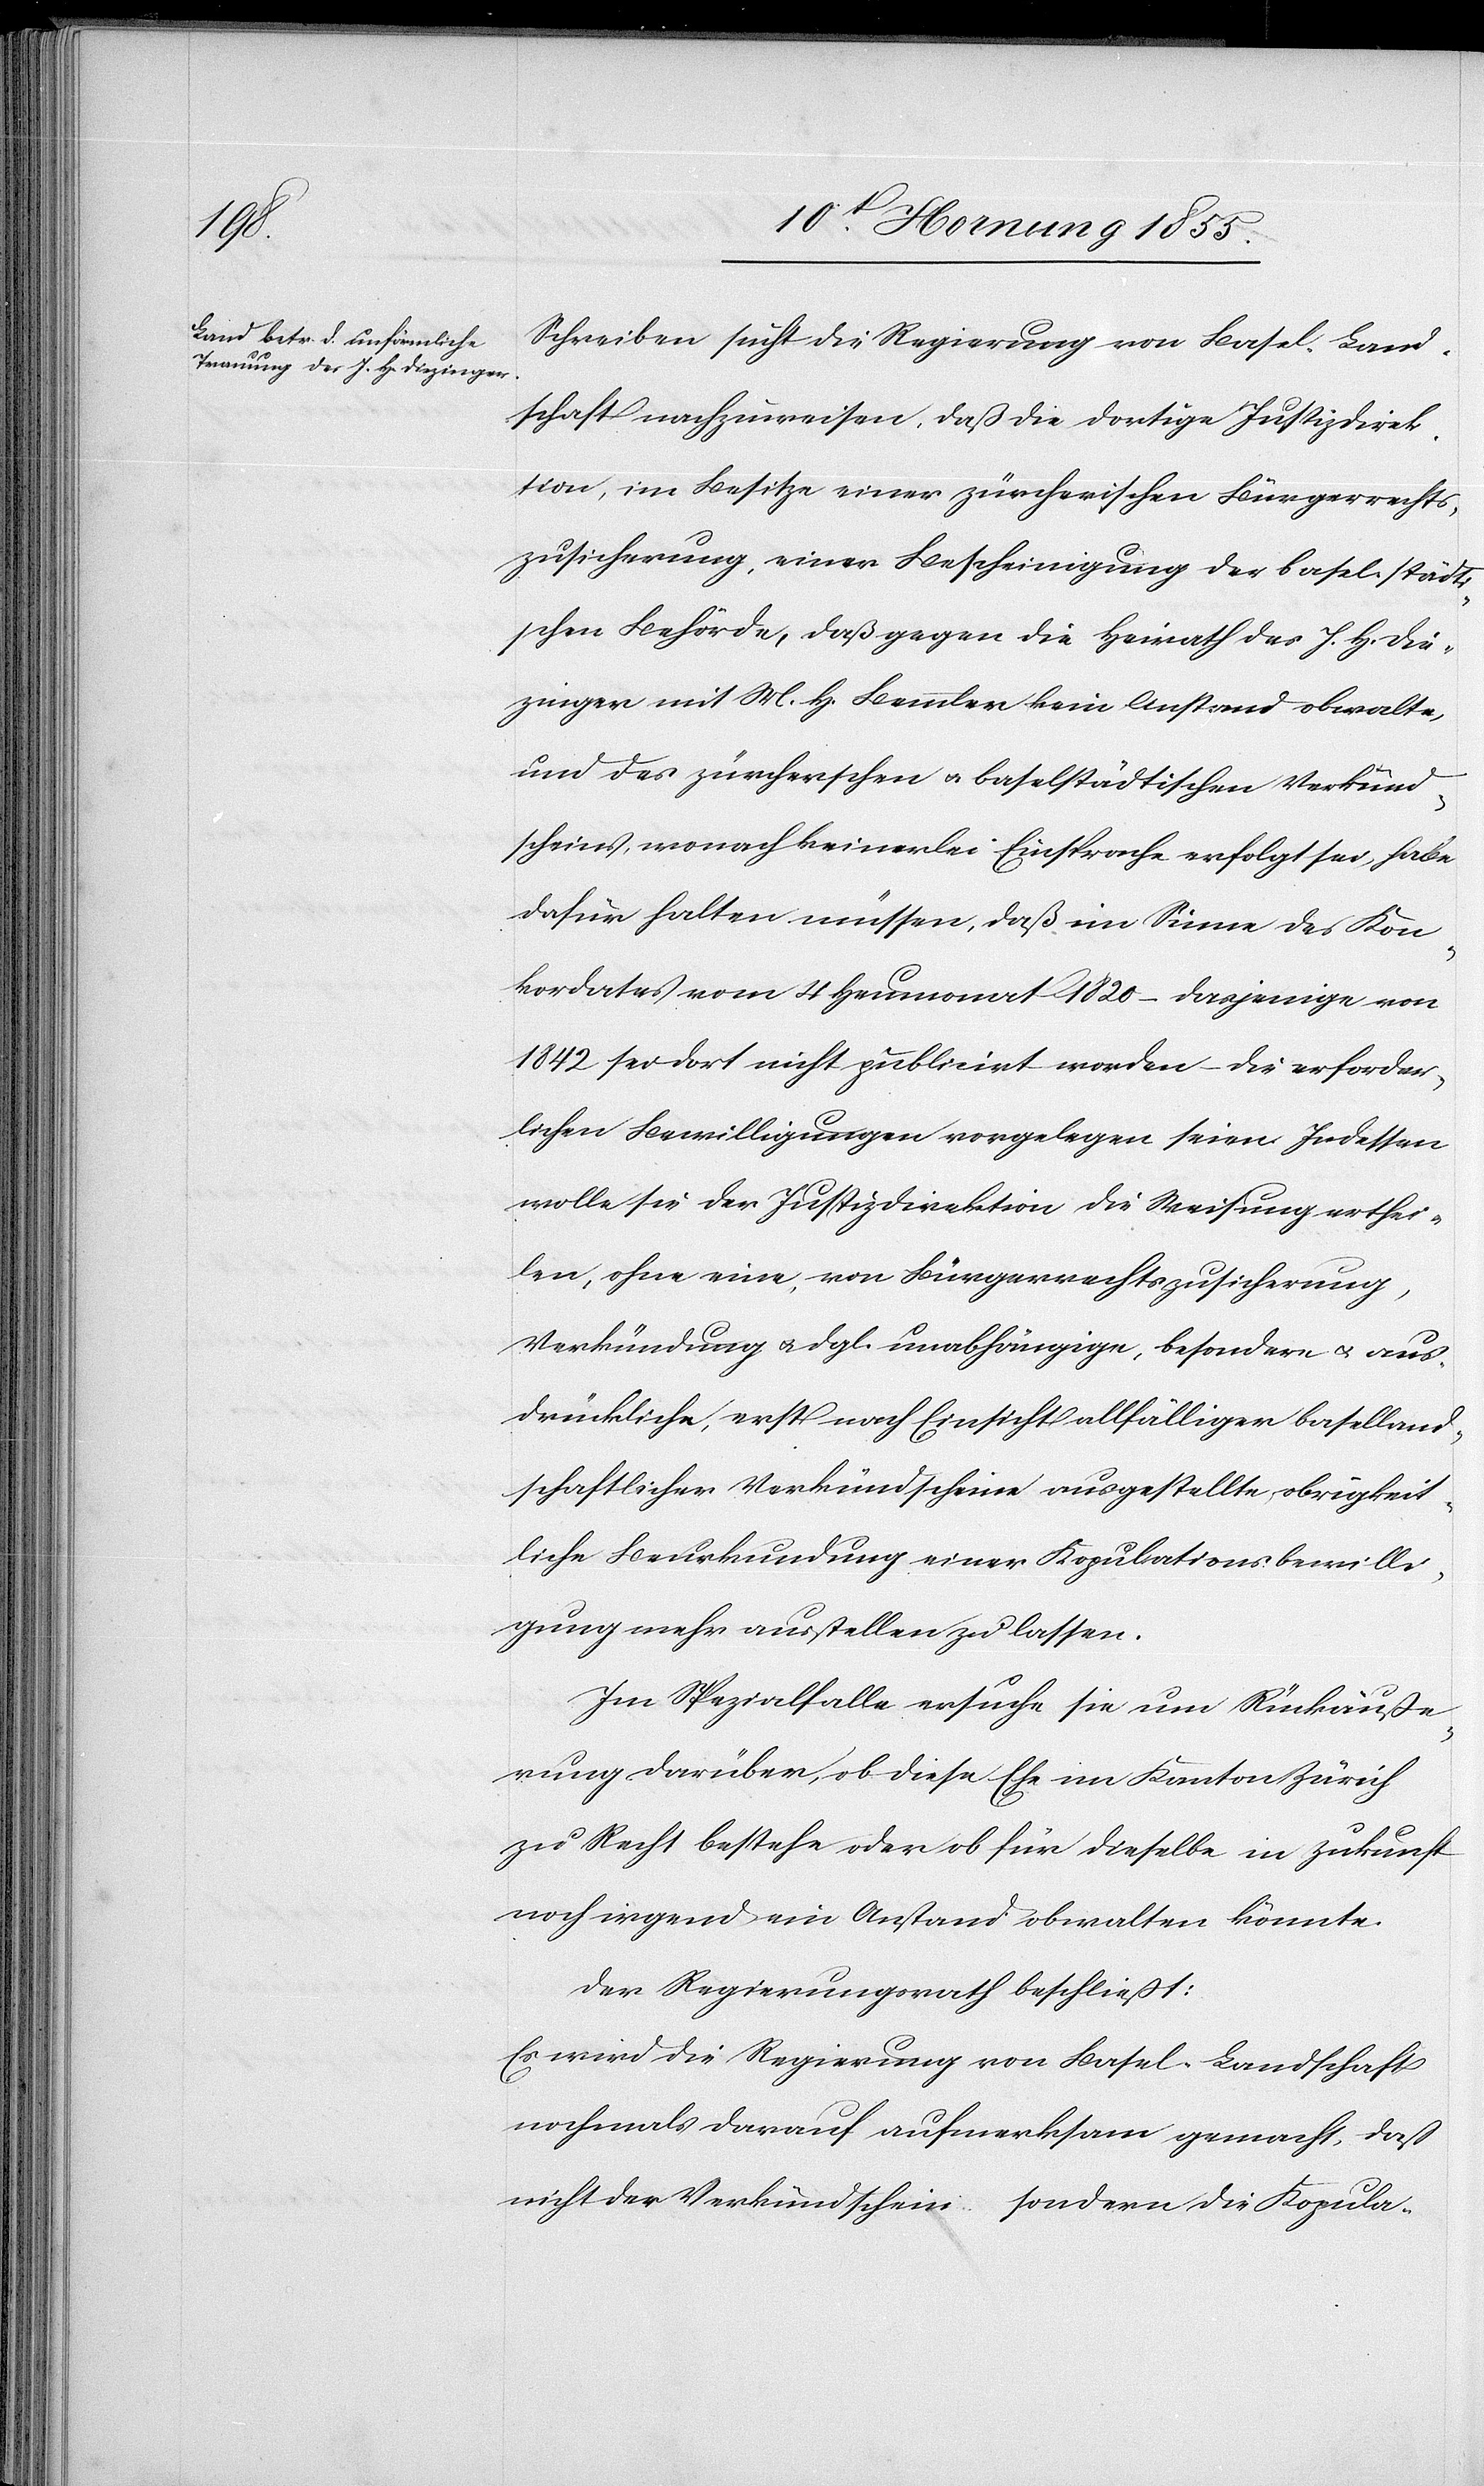
Schreiben sucht die Regierung von Basel-Land¬
schaft nachzuweisen, daß die dortige Justizdirek¬
tion, im Besitze einer zürcherischen Bürgerrechts¬
zusicherung, einer Bescheinigung der baselstädti¬
schen Behörde, daß gegen die Heirath des J. H. Die¬
zinger mit M. H. Bemmler kein Anstand obwalte,
und des zürcherschen & baselstädtischen Verkünd¬
scheins, wonach keinerlei Einsprache erfolgt sei, habe
dafür halten müssen, daß im Sinne des Kon¬
kordates vom 4 Heumonat 1820 – dasjenige von
1842 sei dort nicht publicirt worden – die erforder¬
lichen Bewilligungen vorgelegen seien. Indessen
wolle sie der Justizdirektion die Weisung erthei¬
len, ohne eine, von Bürgerrechtszusicherung,
Verkündung & dgl. unabhängige, besondere & aus¬
drückliche, erst nach Einsicht allfälliger baselland¬
schaftlicher Verkündscheine ausgestellte, obrigkeit¬
liche Beurkundung einer [recte: keine] Kopulationsbewilli¬
gung mehr ausstellen zu lassen.
Im Spezialfalle ersuche sie um Rückäuße¬
rung darüber, ob diese Ehe im Kanton Zürich
zu Recht bestehe oder ob für dieselbe in Zukunft
noch irgend ein Anstand obwalten könnte.
Der Regierungsrath beschließt:
Es wird die Regierung von Basel-Landschaft
nochmals darauf aufmerksam gemacht, dass
nicht der Verkündschein sondern die Kopula-